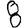
Digit: 8